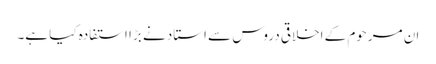
ان مرحوم کے اخلاقی دروس سے استاد نے بڑا استفادہ کیا ہے۔